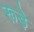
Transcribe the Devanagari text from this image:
रूड़े